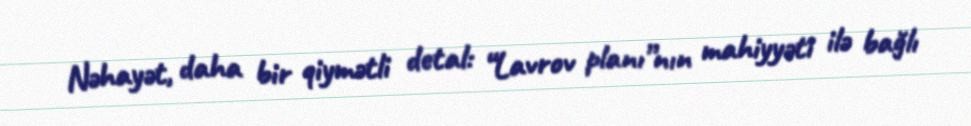
Nəhayət, daha bir qiymətli detal: “Lavrov planı”nın mahiyyəti ilə bağlı